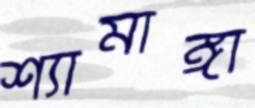
শ্যামাঙ্গা